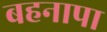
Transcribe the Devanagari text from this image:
बहनापा